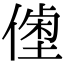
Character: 𠍝